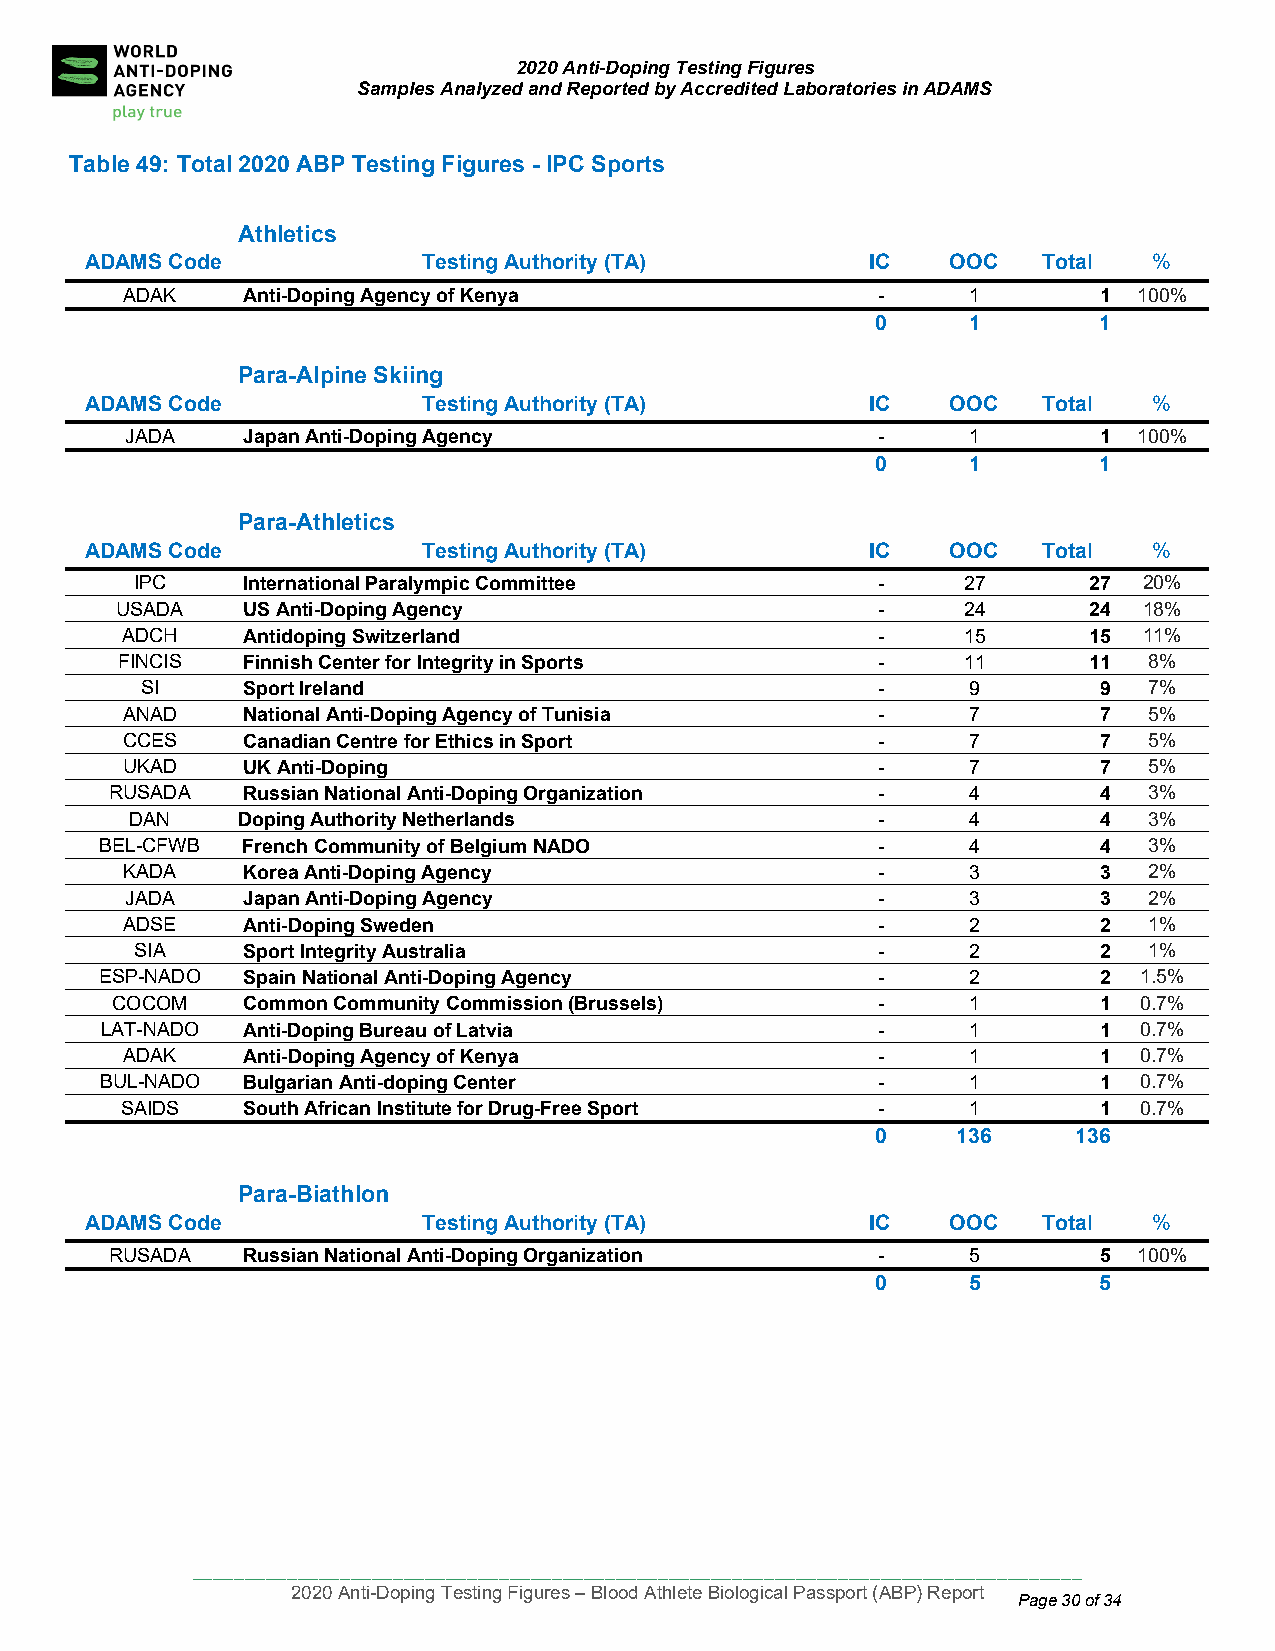
2020 Anti-Doping Testing Figures
 Samples Analyzed and Reported by Accredited Laboratories in ADAMS
 Table 49: Total 2020 ABP Testing Figures - IPC Sports
 Athletics
 ADAMS Co de           Testing Authority (TA)        IC   OOC   Total  %
 ADAK    Anti-Doping Agency of Kenya               -     1        1 100%
 0     1        1
 Para-Alpine Skiing
 ADAMS Code            Testing Authority (TA)        IC   OOC   Total  %
 JADA    Japan Anti-Doping Agency                  -     1        1 100%
 0     1        1
 Para-Athletics
 ADAMS Code            Testing Authority (TA)        IC   OOC   Total  %
 IPC    International Paralympic Committee        -     27      27  20%
 USADA   US Anti-Doping Agency                     -     24      24  18%
 ADCH    Antidoping Switzerland                    -     15      15  11%
 FINCIS  Finnish Center for Integrity in Sports    -     11      11  8%
 SI     Sport Ireland                             -     9        9  7%
 ANAD    National Anti-Doping Agency of Tunisia    -     7        7  5%
 CCES    Canadian Centre for Ethics in Sport       -     7        7  5%
 UKAD    UK Anti-Doping                            -     7        7  5%
 RUSADA   Russian National Anti-Doping Organization -     4        4  3%
 DAN    Doping Authority Netherlands              -     4        4  3%
 BEL-CFWB French Community of Belgium NADO          -     4        4  3%
 KADA    Korea Anti-Doping Agency                  -     3        3  2%
 JADA    Japan Anti-Doping Agency                  -     3        3  2%
 ADSE    Anti-Doping Sweden                        -     2        2  1%
 SIA    Sport Integrity Australia                 -     2        2  1%
 ESP-NADO Spain National Anti-Doping Agency         -     2        2 1.5%
 COCOM    Common Community Commission (Brussels)    -     1        1 0.7%
 LAT-NADO Anti-Doping Bureau of Latvia              -     1        1 0.7%
 ADAK    Anti-Doping Agency of Kenya               -     1        1 0.7%
 BUL-NADO Bulgarian Anti-doping Center              -     1        1 0.7%
 SAIDS   South African Institute for Drug-Free Sport -   1        1 0.7%
 0    136     136
 Para-Biathlon
 ADAMS Code            Testing Authority (TA)        IC   OOC   Total  %
 RUSADA   Russian National Anti-Doping Organization -     5        5 100%
 0     5        5
 ____________________________________________________________________________________
 2020 Anti-Doping Testing Figures – Blood Athlete Biological Passport (ABP) Report
 Page 30 of 34